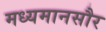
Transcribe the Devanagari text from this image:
मध्यमानसौर